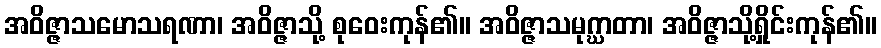
အဝိဇ္ဇာသမောသရဏာ၊ အဝိဇ္ဇာသို့ စုဝေးကုန်၏။ အဝိဇ္ဇာသမုဂ္ဃာတာ၊ အဝိဇ္ဇာသို့ရှိုင်းကုန်၏။